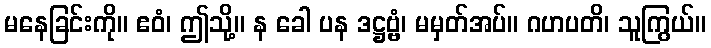
မနေခြင်းကို။ ဧဝံ၊ ဤသို့။ န ခေါ ပန ဒဋ္ဌဗ္ဗံ၊ မမှတ်အပ်။ ဂဟပတိ၊ သူကြွယ်။